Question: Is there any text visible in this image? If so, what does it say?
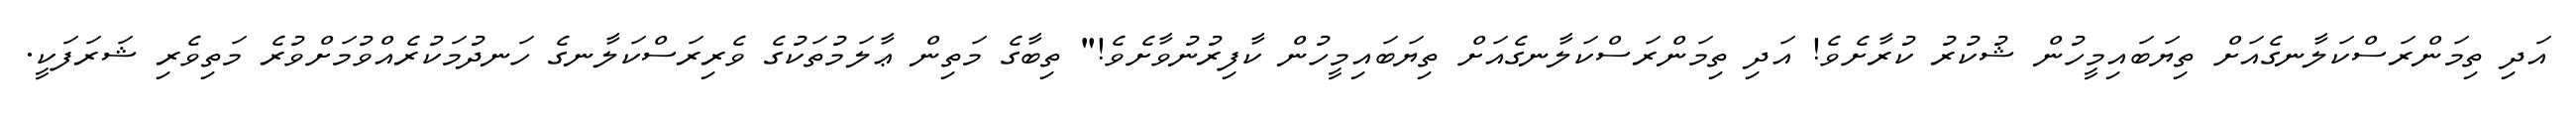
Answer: އަދި ތިމަންރަސްކަލާނގެއަށް ތިޔަބައިމީހުން ޝުކުރު ކުރާށެވެ! އަދި ތިމަންރަސްކަލާނގެއަށް ތިޔަބައިމީހުން ކާފިރުނުވާށެވެ!" ތިބާގެ މަތިން ޢާލަމުތަކުގެ ވެރިރަސްކަލާނގެ ހަނދުމަކުރެއްވުމަށްވުރެ މަތިވެރި ޝަރަފަކީ.